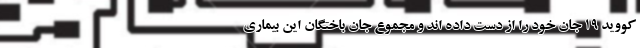
کووید ۱۹ جان خود را از دست داده اند و مجموع جان باختگان این بیماری